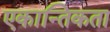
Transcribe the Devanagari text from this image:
एकान्तिकता